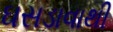
ઘસડાવાથી